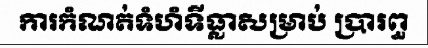
ការកំណត់ទំហំទីធ្លាសម្រាប់ ប្រារព្ធ